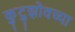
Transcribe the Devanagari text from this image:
कुटुझोवच्या